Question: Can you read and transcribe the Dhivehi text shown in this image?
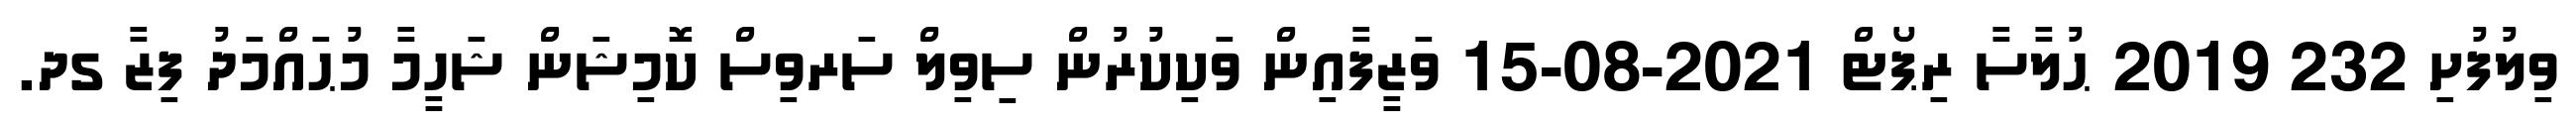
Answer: ވިލުފުށި 232 2019 ޙުލާސާ ރިޕޯޓް 2021-08-15 ވަޒީފާއިން ވަކިކުރުން ސިވިލް ސަރވިސް ކޮމިޝަން ޝަހީމާ މުޙައްމަދު ފިޒާ ގދ.